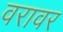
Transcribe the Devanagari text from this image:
वरावर